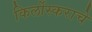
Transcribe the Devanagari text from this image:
किर्लोस्कराचे